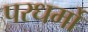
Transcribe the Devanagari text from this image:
परधर्मो